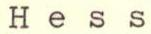
Hess